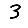
Digit: 3